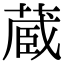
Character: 蔵